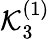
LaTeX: \mathcal{K}_{3}^{(1)}